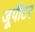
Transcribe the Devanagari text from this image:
जूपीटर